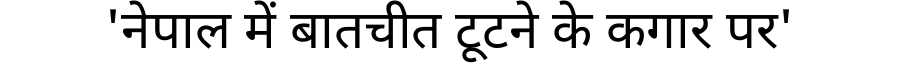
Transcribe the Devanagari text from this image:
'नेपाल में बातचीत टूटने के कगार पर'